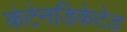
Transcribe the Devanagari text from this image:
कंटेनडिकेटेड